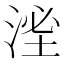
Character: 㳴